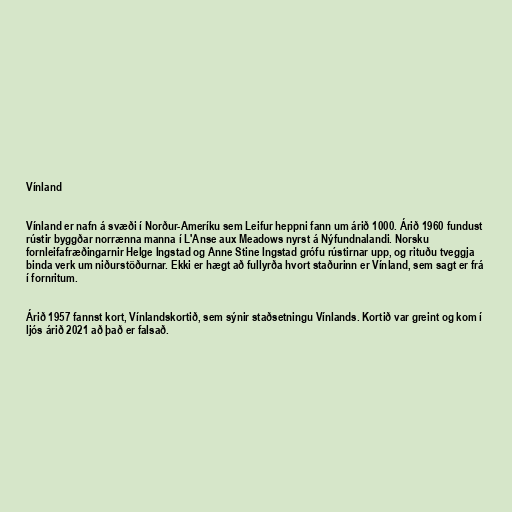
Vínland

Vínland er nafn á svæði í Norður-Ameríku sem Leifur heppni fann um árið 1000. Árið 1960 fundust
rústir byggðar norrænna manna í L'Anse aux Meadows nyrst á Nýfundnalandi. Norsku
fornleifafræðingarnir Helge Ingstad og Anne Stine Ingstad grófu rústirnar upp, og rituðu tveggja
binda verk um niðurstöðurnar. Ekki er hægt að fullyrða hvort staðurinn er Vínland, sem sagt er frá
í fornritum.

Árið 1957 fannst kort, Vínlandskortið, sem sýnir staðsetningu Vínlands. Kortið var greint og kom í
ljós árið 2021 að það er falsað.